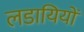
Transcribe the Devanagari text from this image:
लडायियों